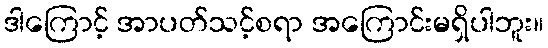
ဒါကြောင့် အာပတ်သင့်စရာ အကြောင်းမရှိပါဘူး။